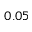
0 . 0 5